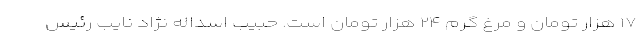
۱۷ هزار تومان و مرغ گرم ۲۴ هزار تومان است. حبیب اسداله نژاد نایب رئیس